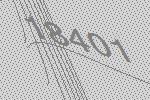
18401